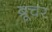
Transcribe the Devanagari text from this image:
ब्रूचर